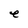
Character: e